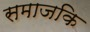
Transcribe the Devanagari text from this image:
समाजकि